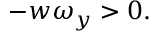
- w \omega _ { y } > 0 .